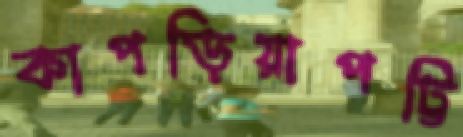
কাপড়িয়াপট্টি